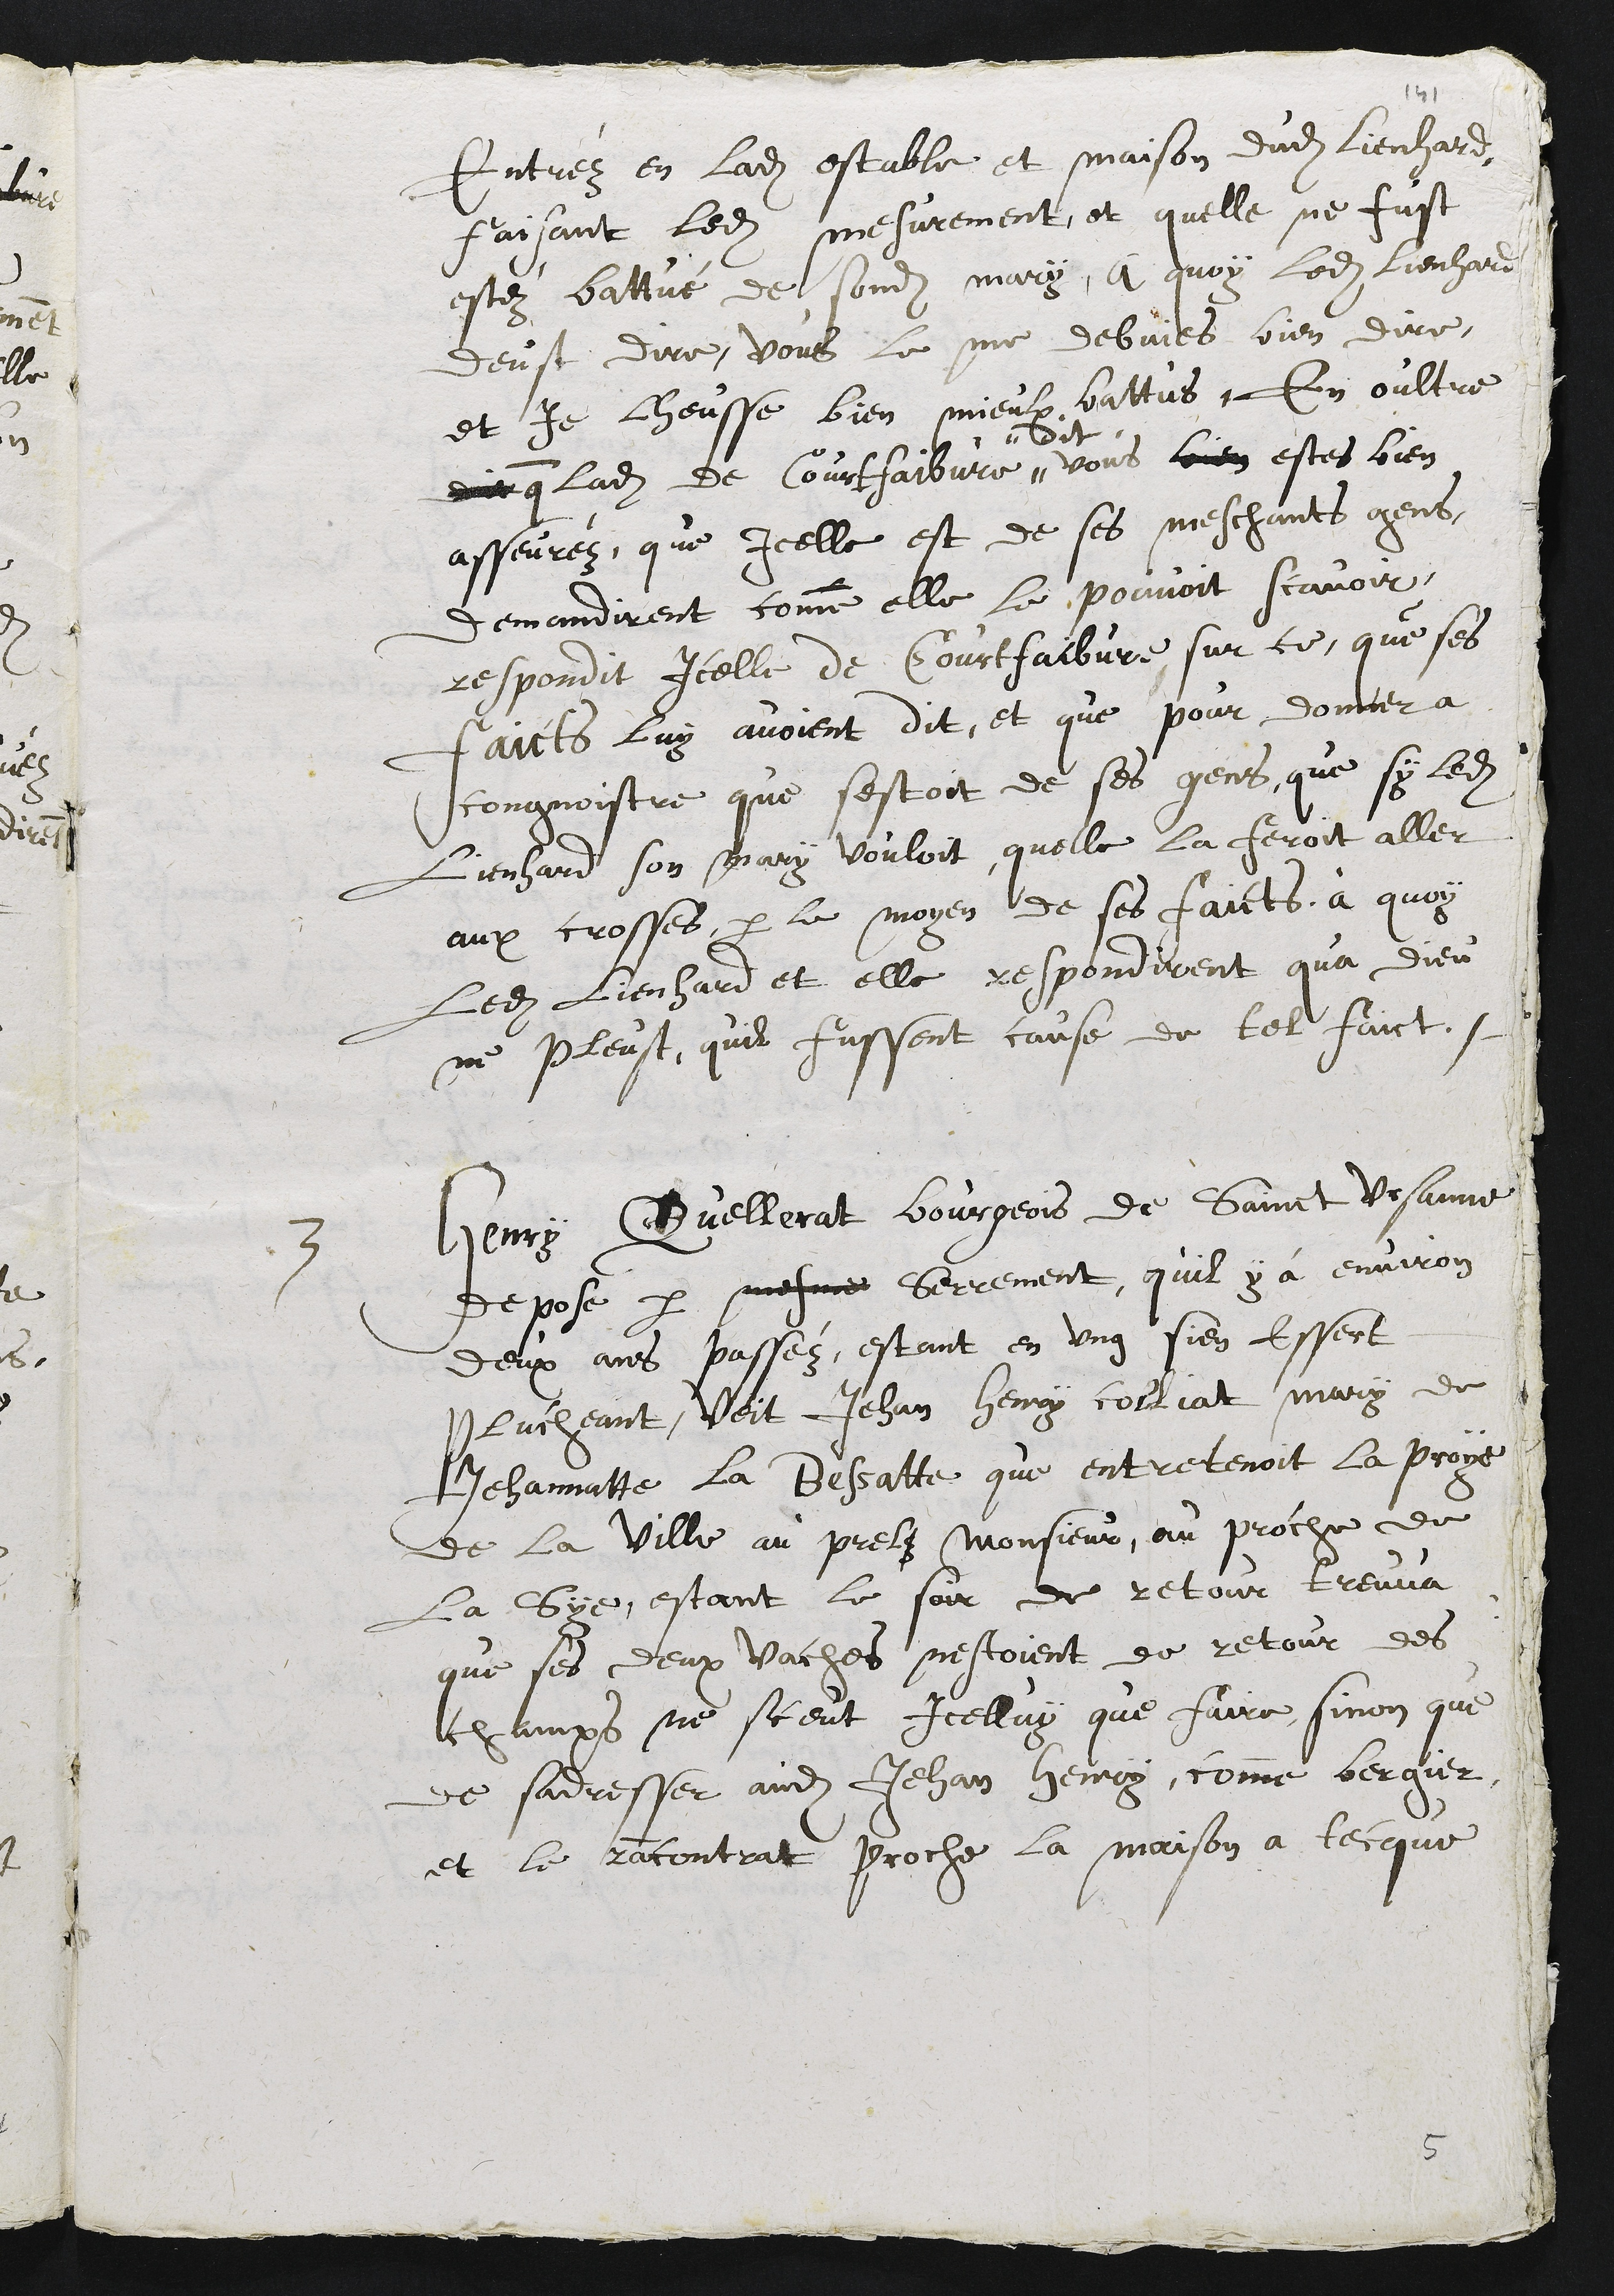
entrée en ladite étable et maison dudit Lienhard
faisant lesdits mesuremen-bs, et qu'elle n ' ait
été battue par sondit mari. A quoi ledit Lienhard
dut dire : "Vous me le deviez bien dire,
et je l'eusse bien mieux battue". En outre
que ladite de Courtfaibvre"
"dit
Vous êtes bien
assurée qu'icelle est de ces méchan'tes gens?"
Demandèrent comment elle le pouvait savoir.
Répondit icelle de Courtfaibvre sur ce que ces
faits lui avaient été dits, et que pour donner à
connaître que c'était de ces gens, que si ledit
Lienhard son mari voulait, qu'elle la ferait aller
aux crosses par le moyen de ses faits. A quoi
ledit Lienhard et elle répondirent qu'à Dieu
ne plû-t qu'ils fussent cause de tels faits.
3 Henri Quellerat, bourgeois de Saint-Ursanne,
dépose par serment qu'il y a environ
deux ans passés, é-tant en un sien essert
pluchant, voit Jean Henri Colliat, mari de
Jeannette la Bessatte, qui entretenait la proi
de la ville au Pré Monsieur, ou proche de
la Sie; étant le soir de retour, trouva
que ses deux vaches n'étaient de retour des
champs. Ne sut icelui que faire, sinon que
de s'adresser audit Jean Henri, coinme berger,
et le rencontra proche de la maison du Teck.